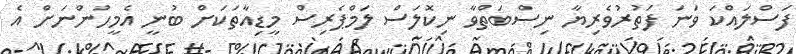
ފަސްލައްކަ ވަނަ ފަތުރުވެރިޔާ ނިސްބަތްވާ ނިކޮލަސް ލަމްޕެރިސް މީޑިއާތަކަށް ބުނީ އެމީހުންނަށް އެ